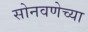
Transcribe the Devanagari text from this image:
सोनवणेच्या